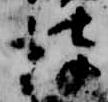
彼